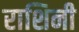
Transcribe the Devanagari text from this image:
राशिनी